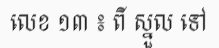
លេខ ១៣ ៖ ពី ស្នួល ទៅ